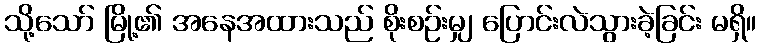
သို့သော် မြို့၏ အနေအထားသည် စိုးစဉ်းမျှ ပြောင်းလဲသွားခဲ့ခြင်း မရှိ။